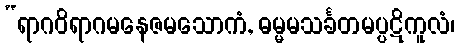
“ရာဂဝိရာဂမနေဇမသောကံ, ဓမ္မမသင်္ခတမပ္ပဋိကူလံ၊